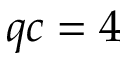
q c = 4